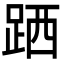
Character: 跴